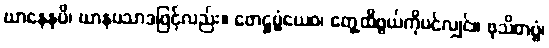
ဃာနေနပိ၊ ဃာနပသာဒဖြင့်လည်း။ ဖောဋ္ဌဗ္ဗံယေဝ၊ တွေ့ထိဖွယ်ကိုပင်လျှင်။ ဖုသိတဗ္ဗံ၊